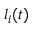
l _ { i } ( t )